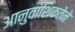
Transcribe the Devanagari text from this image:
आनुवांशिकतेने